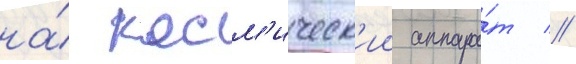
на́ косм'ическ'ии аппара́т //